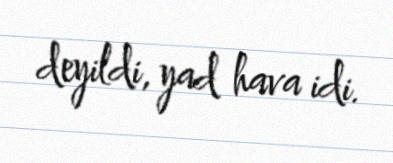
deyildi, yad hava idi.